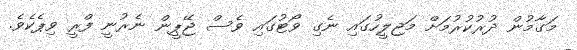
މަގާމުން ދުރުކުރުމަށް މަޖިލީހުގައި ނެގި ވޯޓުގައި ވެސް ޖޭޕީން ނެރުނީ ފްރީ ވިޕެކެވެ.